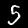
Label: 5